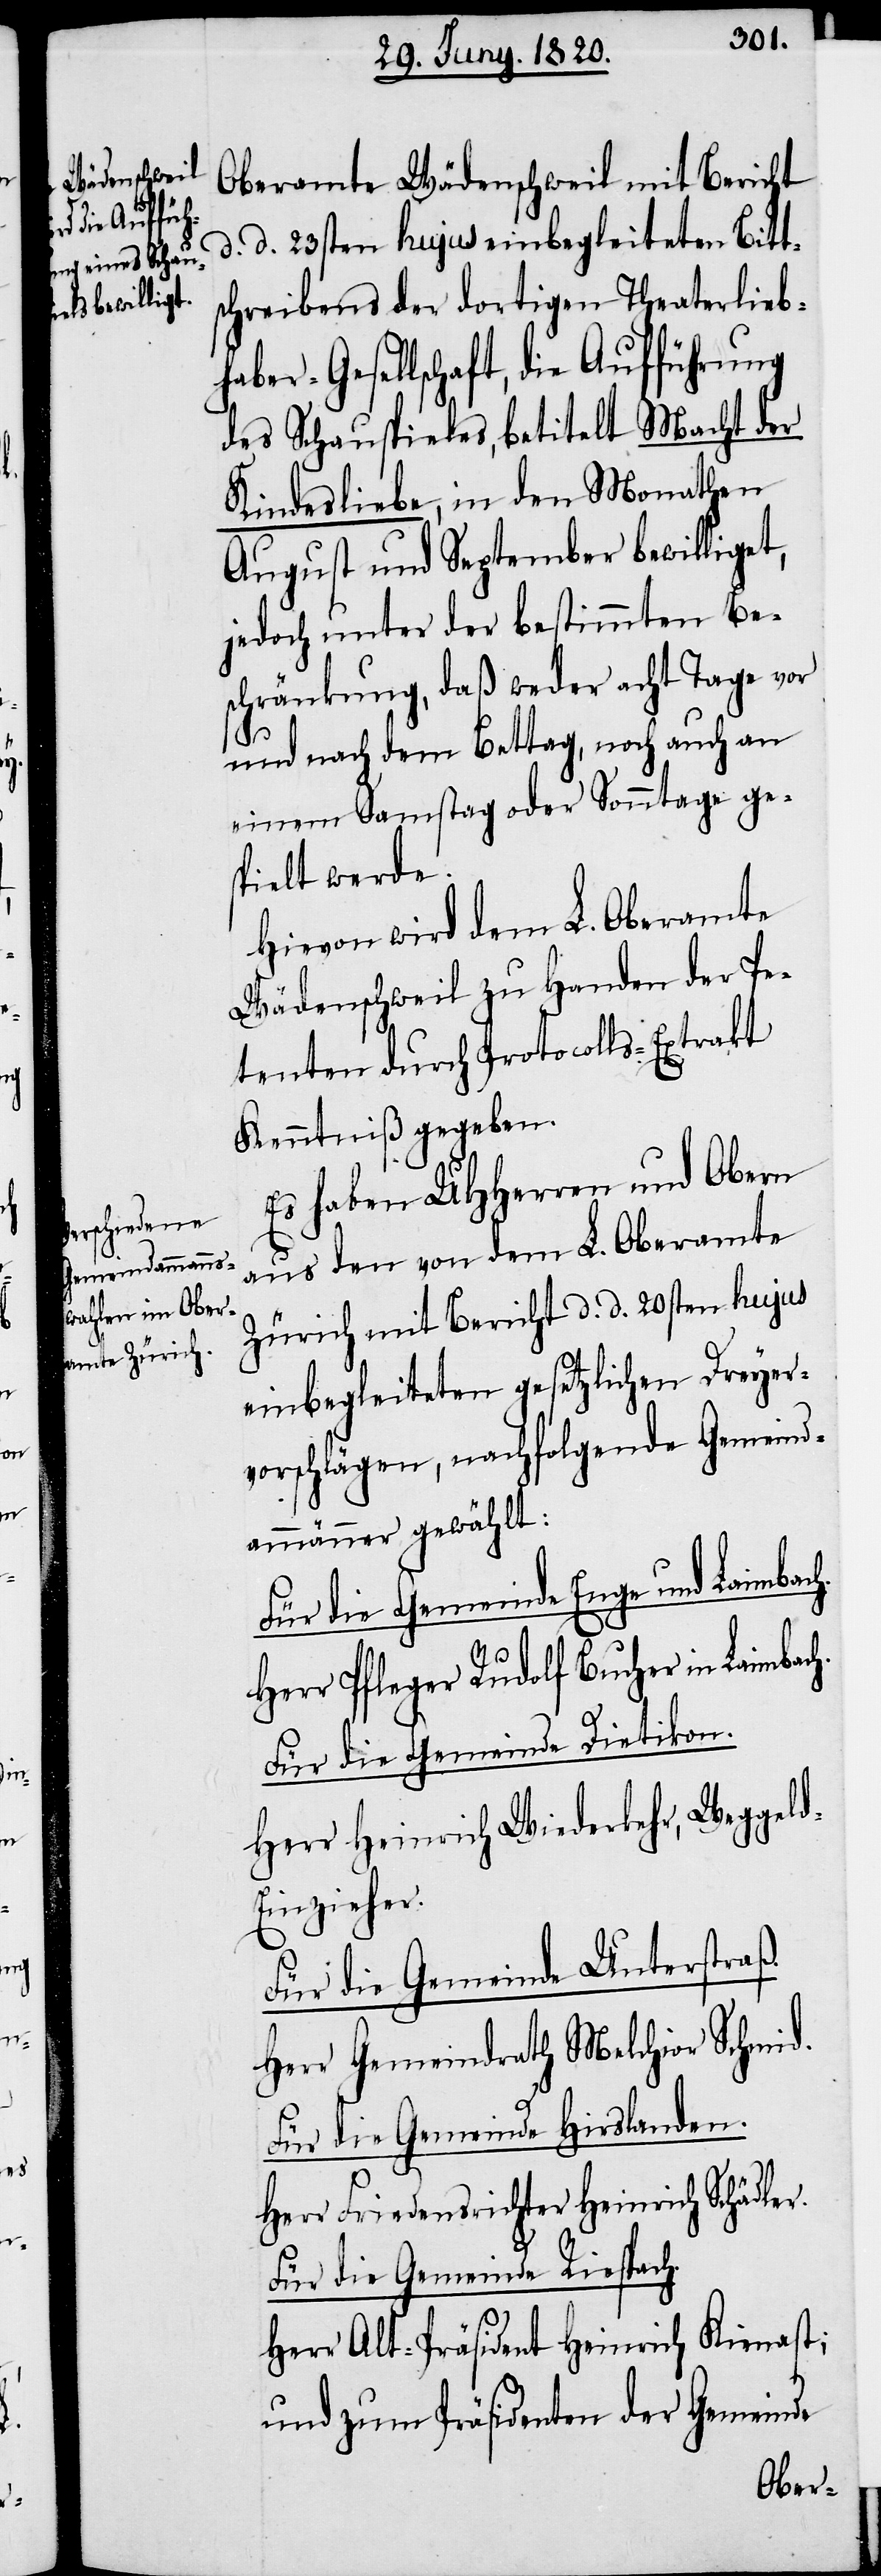
Oberamte Wädenschweil mit Bericht
d. d. 23sten hujus einbegleiteten Bitts¬
chreibens der dortigen Theaterlieb¬
haber-Gesellschaft, die Aufführung
des Schauspieles, betitelt Macht der
Kindesliebe, in den Monathen
August und September bewilliget,
jedoch unter der bestimmten Be¬
schränkung, daß weder acht Tage vor
ler.
und nach dem Bettag, noch auch an
einem Samstag oder Sonntage ges¬
pielt werde.
Hievon wird dem L. Oberamte
Wädenschweil zu Handen der Pe¬
tenten durch Protocolls-Extrakt
Kenntniß gegeben.
Es haben UHherren und Obern
aus den von dem L. Oberamte
Zürich mit Bericht d. d. 20sten hujus
einbegleiteten gesetzlichen Dreyer¬
vorschlägen, nachfolgende Gemeind¬
ammänner gewählt:
Für die Gemeinde Enge und Leimbach.
Herr Pfleger Rudolf Bucher in Leimbac¬
Für die Gemeinde Dietikon.
Herr Heinrich Wiederkehr, Weggel¬
inzieher.
Für die Gemeinde Unterstraß.
Herr Gemeindrath Melchior Schäd¬
Für die Gemeinde Riesbach.
Herr Alt-Präsident Heinrich Kienast;
und zum Präsidenten der Gemeinde